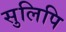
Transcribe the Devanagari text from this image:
सुलिपि